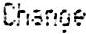
CHANGE